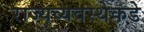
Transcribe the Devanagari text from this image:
राज्यव्यवस्थेकडे